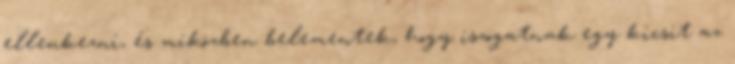
ellenkezni, és miközben belementek, hogy iszogatnak egy kicsit az